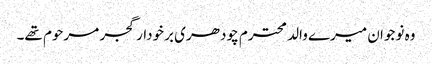
وہ نوجوان میرے والد محترم چودھری برخودار گجر مرحوم تھے۔